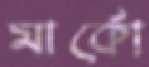
মার্কো